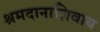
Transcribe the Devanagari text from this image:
श्रमदानाशिवाय